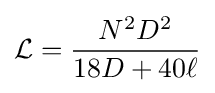
{\mathcal {L}}={\frac {N^{2}D^{2}}{18D+40\ell }}